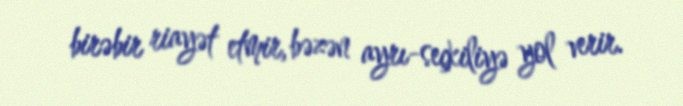
birəbir riayət etmir, bəzən ayrı-seçkiliyə yol verir.